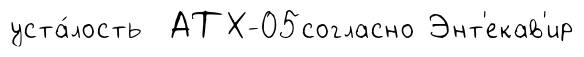
уста́лость АТХ-05согласно Энт'екав'ир